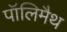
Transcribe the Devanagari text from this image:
पॉलिमैथ